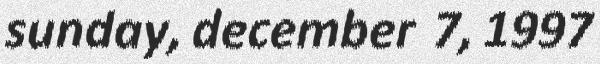
sunday, december 7, 1997